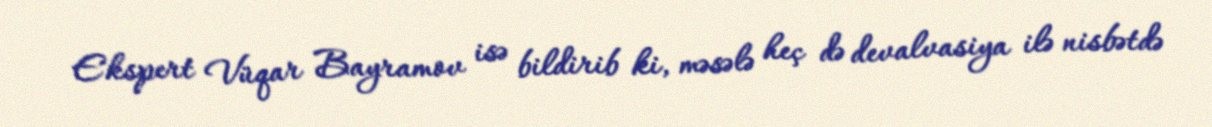
Ekspert Vüqar Bayramov isə bildirib ki, məsələ heç də devalvasiya ilə nisbətdə